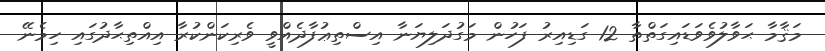
މަޤާމާ ޙަވާލުވެވަޑައިގަތްތާ 12 ގަޑިއިރު ފަހުން މަގުދަލިޔަނާ އިސްތިޢުފާދެއްވީ ވެރިކަންކުރާ އިއްތިޙާދުގައި ހިމެނޭ